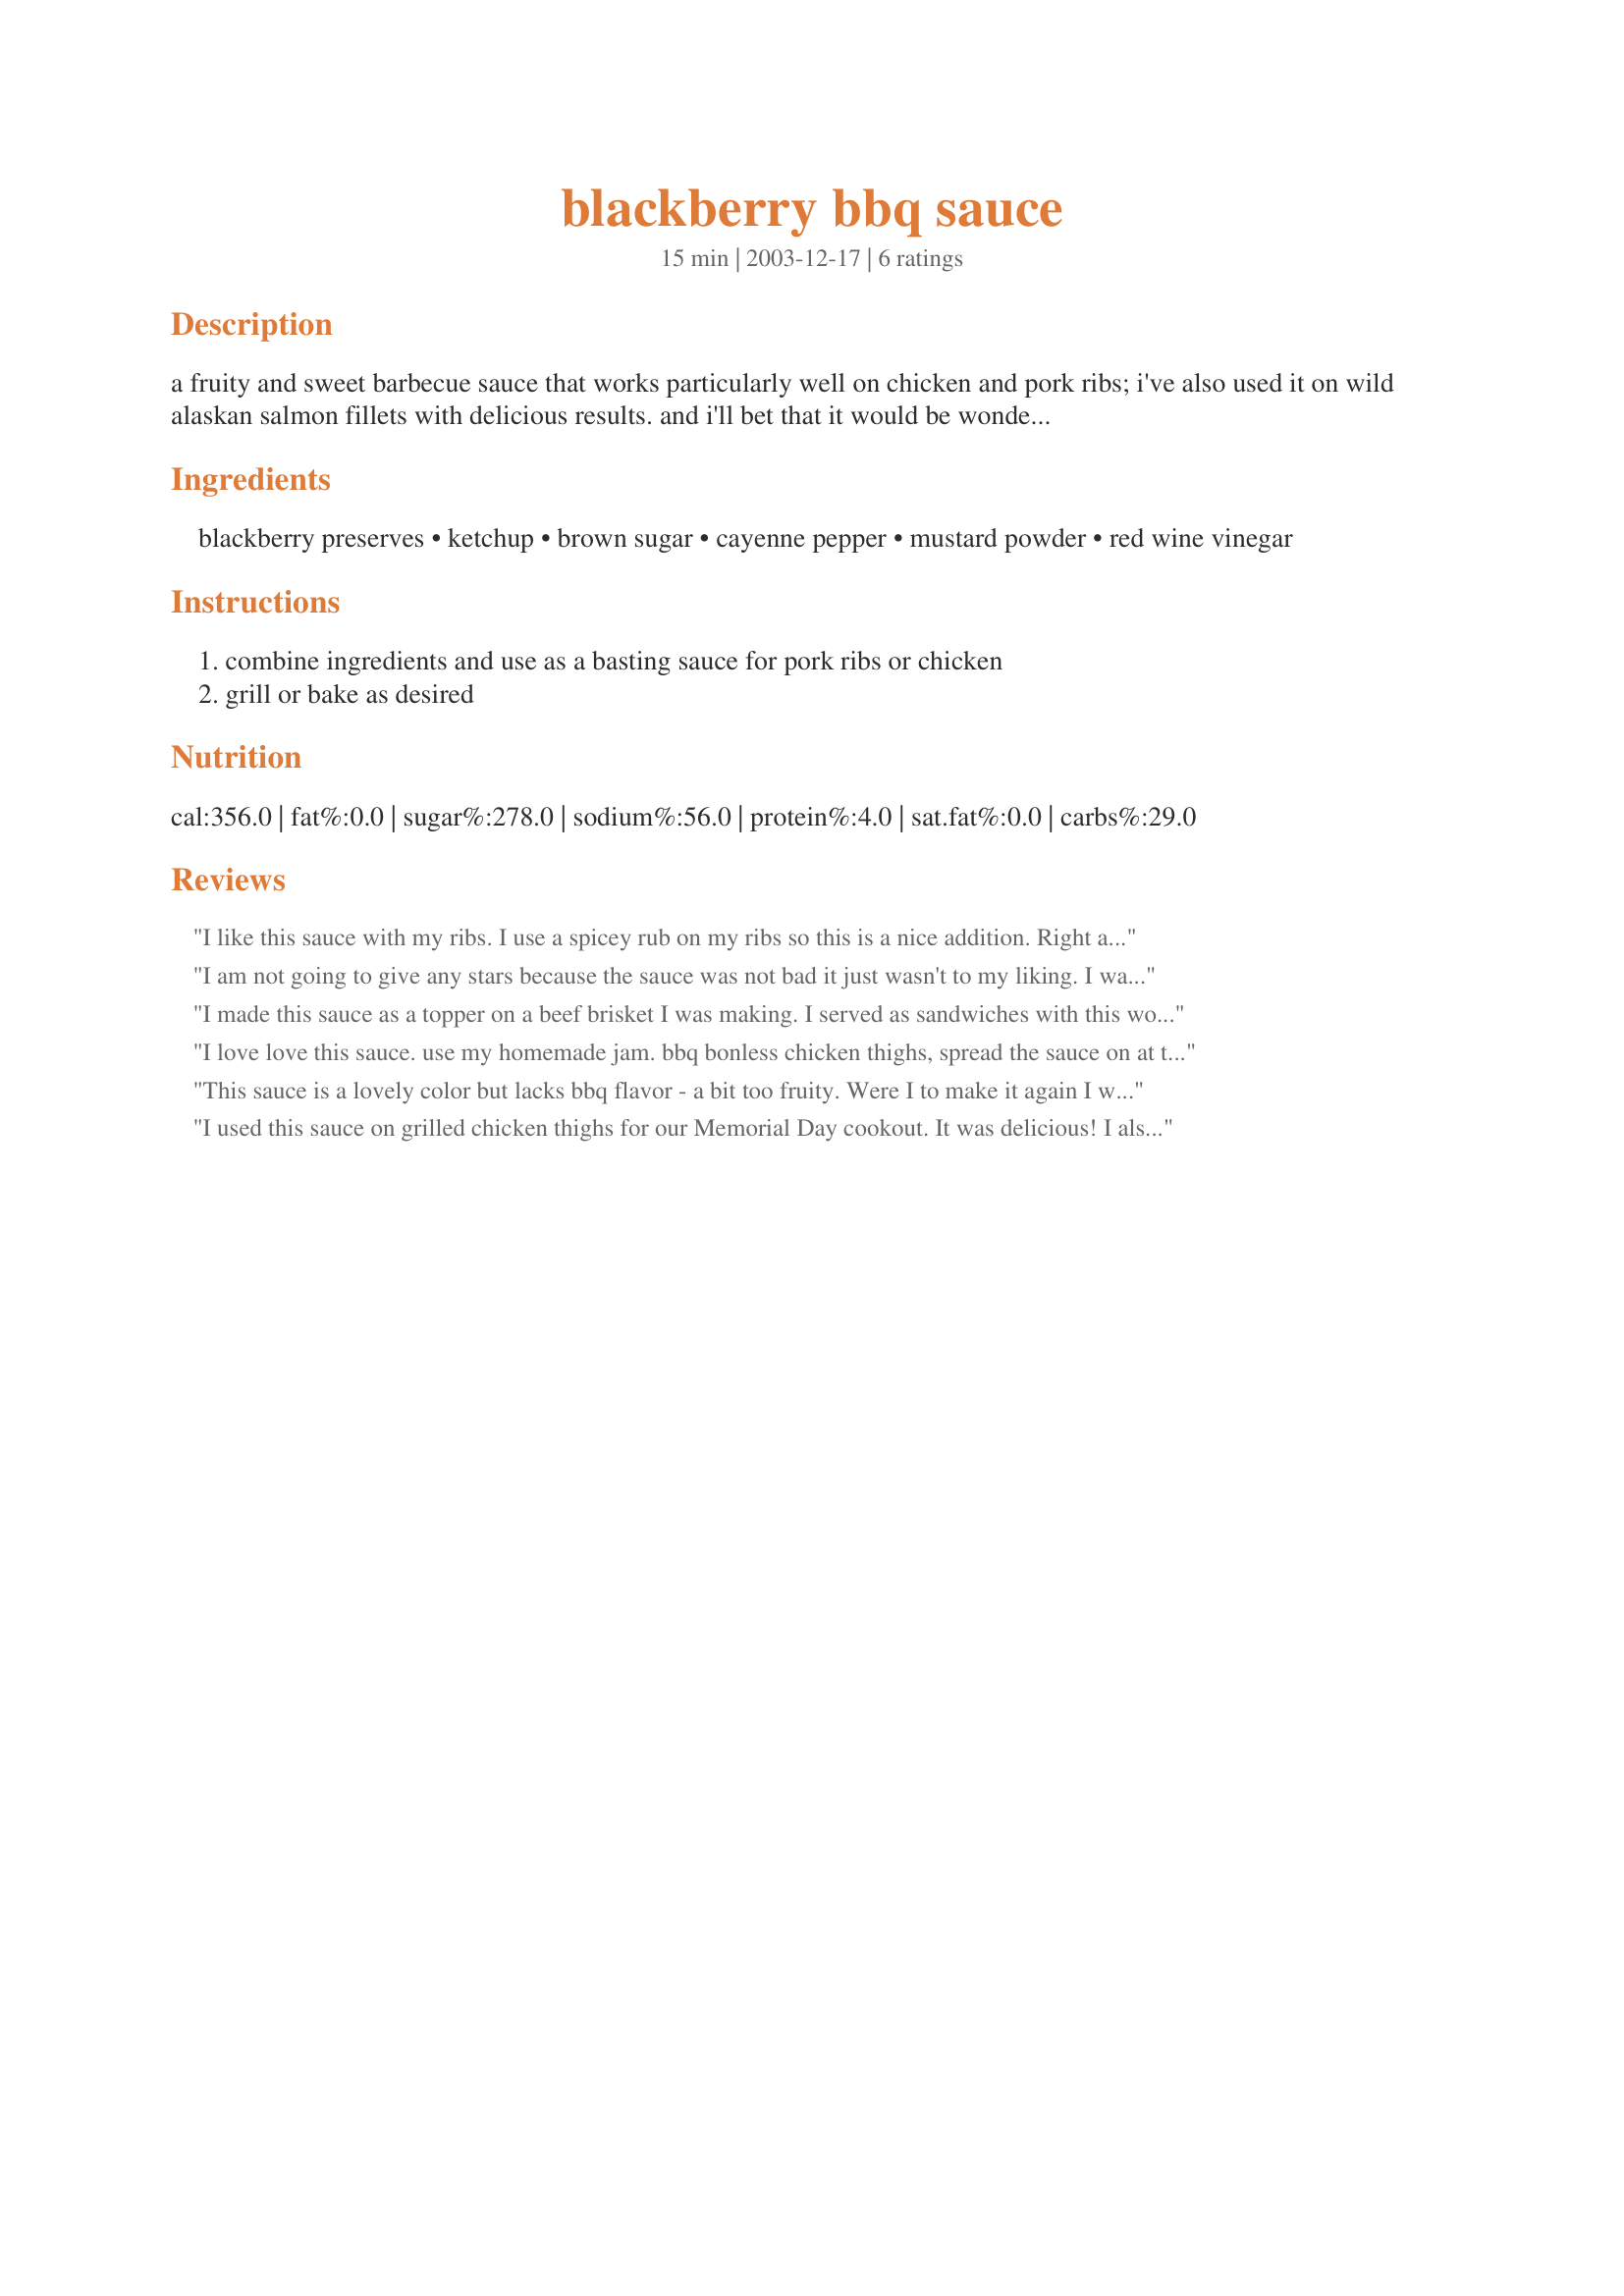
blackberry bbq sauce
Preparation time: 15 minutes

a fruity and sweet barbecue sauce that works particularly well on chicken and pork ribs; i've also used it on wild alaskan salmon fillets with delicious results. and i'll bet that it would be wonderful on duck! this is very simple, fast, and scrumptious! yield is approximate.

Ingredients:
blackberry preserves, ketchup, brown sugar, cayenne pepper, mustard powder, red wine vinegar

Steps:
combine ingredients and use as a basting sauce for pork ribs or chicken, grill or bake as desired

Reviews:
I like this sauce with my ribs. I use a spicey rub on my ribs so this is a nice addition. Right at the end just before serving I will spreads some of the sauce on and let it glaze over the ribs. Then the rest on the side. For those of you who like it spicer try adding a little hot sauce to taste.
I am not going to give any stars because the sauce was not bad it just wasn't to my liking. I wanted to try something different on my ribs and It just didn't turn out for me. I did follow the recipe exactly. I guess at least now I know I don't like sweet sauces on my ribs. Thanks for the recipe anyway.
I made this sauce as a topper on a beef brisket I was making. I served as sandwiches with this wonderful BBQ sauce,wonderful combination...
I love love this sauce. use my homemade jam. bbq bonless chicken thighs, spread the sauce on at the end, than dip each bite into sauce. oh so good. can't wait to try it on pork.<br/>Thanks Angie so much for posting. so happy I found it.
This sauce is a lovely color but lacks bbq flavor - a bit too fruity. Were I to make it again I would cut the amount of preserves roughly in half.
I used this sauce on grilled chicken thighs for our Memorial Day cookout. It was delicious! I also had baby back ribs with regular barbecue sauce. I bet you can't guess which was more popular. Yep! It was the blackberry sauce on the chicken. When we ran out of chicken, people were dipping their ribs in the blackberry sauce! I can't say enough about this sauce. It was fruity, tangy and just the right amount of sweetness. I liked it on the chicken better than the ribs, but it was good on both. I'm anxious to try it on other things. Thanks for a great sauce recipe!
